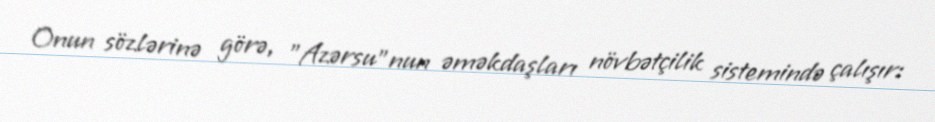
Onun sözlərinə görə, "Azərsu"nun əməkdaşları növbətçilik sistemində çalışır: